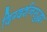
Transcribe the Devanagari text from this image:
दिग्दर्शनसुद्धा